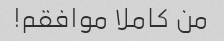
من کاملا موافقم!